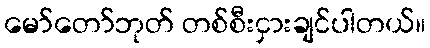
မော်တော်ဘုတ် တစ်စီးငှားချင်ပါတယ်။